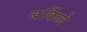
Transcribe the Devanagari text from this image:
बर्किले